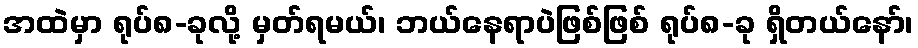
အထဲမှာ ရုပ်၈-ခုလို့ မှတ်ရမယ်၊ ဘယ်နေရာပဲဖြစ်ဖြစ် ရုပ်၈-ခု ရှိတယ်နော်၊